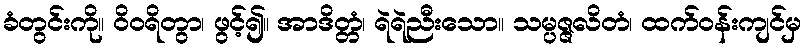
ခံတွင်းကို။ ဝိဝရိတွာ၊ ဖွင့်၍။ အာဒိတ္တံ၊ ရဲရဲညီးသော။ သမ္ပဇ္ဇလိတံ၊ ထက်ဝန်းကျင်မှ